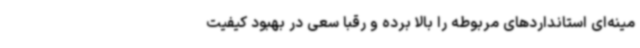
مینه‌ای استانداردهای مربوطه را بالا برده و رقبا سعی در بهبود کیفیت